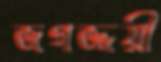
জগজ্জয়ী